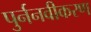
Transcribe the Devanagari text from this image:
पुर्ननवीकरण